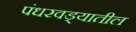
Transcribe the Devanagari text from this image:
पंधरवड्यातील